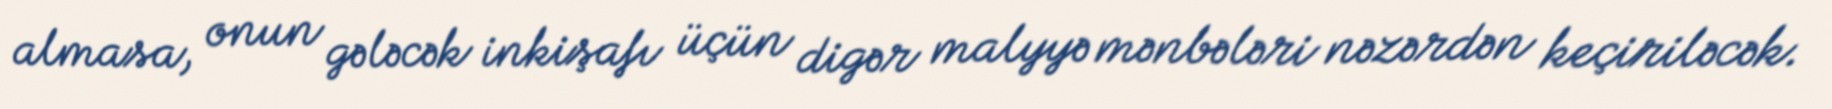
almasa, onun gələcək inkişafı üçün digər malyyə mənbələri nəzərdən keçiriləcək.